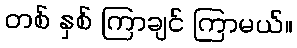
တစ် နှစ် ကြာချင် ကြာမယ်။